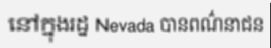
នៅក្នុងរដ្ឋ Nevada បានពណ៌នាជន